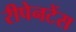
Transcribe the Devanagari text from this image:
रीपेनटेंस